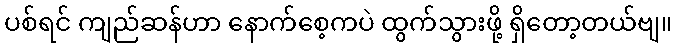
ပစ်ရင် ကျည်ဆန်ဟာ နောက်စေ့ကပဲ ထွက်သွားဖို့ ရှိတော့တယ်ဗျ။